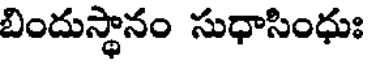
బిందుస్థానం సుధాసింధుః